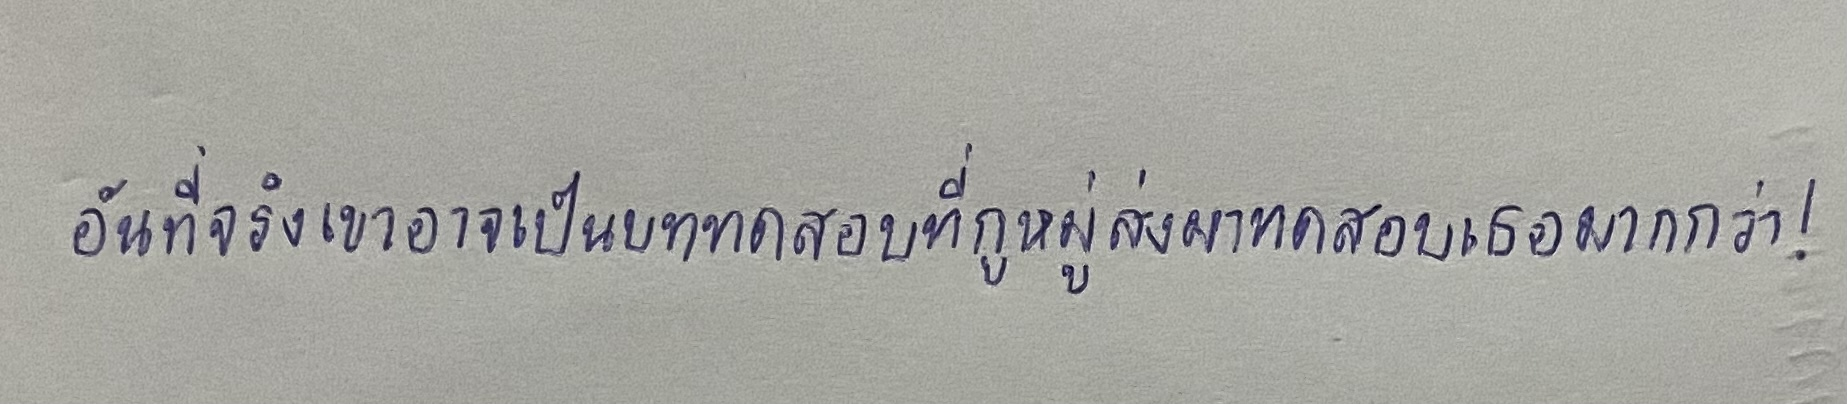
อันที่จริงเขาอาจเป็นบททดสอบที่กูหมู่ส่งมาทดสอบเธอมากกว่า!